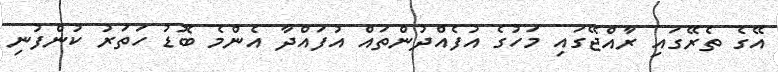
އޭގެ ތެރޭގައި ރާއްޖޭގައި މަހުގެ އުފެއްދުންތައް އުފައްދާ އެންމެ ބޮޑު ހަތަރު ކުންފުނި